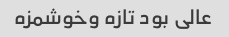
عالی بود تازه وخوشمزه